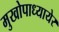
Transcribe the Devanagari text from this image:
मुखोपाध्यायेर